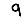
Digit: 9